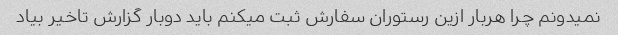
نمیدونم چرا هربار ازین رستوران سفارش ثبت میکنم باید دوبار گزارش تاخیر بیاد